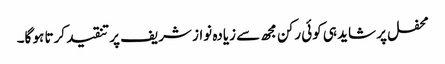
محفل پر شاید ہی کوئی رکن مجھ سے زیادہ نواز شریف پر تنقید کرتا ہو گا۔